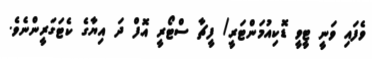
ވެފައި ވަނީ ޓީވީ ޑޮކިއުމަންޓަރީ/ ފީޗާ ސްޓޯރީ އޮފް ދަ އިޔާގެ ކެޓަގަރީންނެވެ.